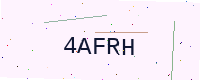
Text: 4AFRH